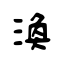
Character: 渙